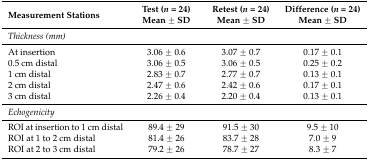
| <ROWSPAN=2> Measurement Stations | Test (n = 24) | Retest (n = 24) | Difference (n = 24) |
 | Mean ± SD | Mean ± SD | Mean ± SD |
 | --- | --- | --- | --- |
 | <COLSPAN=4> Thickness (mm) |
 | At insertion | 3.06 ± 0.6 | 3.07 ± 0.7 | 0.17 ± 0.1 |
 | 0.5 cm distal | 3.06 ± 0.5 | 3.06 ± 0.5 | 0.25 ± 0.2 |
 | 1 cm distal | 2.83 ± 0.7 | 2.77 ± 0.7 | 0.13 ± 0.1 |
 | 2 cm distal | 2.47 ± 0.6 | 2.42 ± 0.6 | 0.17 ± 0.1 |
 | 3 cm distal | 2.26 ± 0.4 | 2.20 ± 0.4 | 0.13 ± 0.1 |
 | <COLSPAN=4> Echogenicity |
 | ROI at insertion to 1 cm distal | 89.4 ± 29 | 91.5 ± 30 | 9.5 ± 10 |
 | ROI at 1 to 2 cm distal | 81.4 ± 26 | 83.7 ± 28 | 7.0 ± 9 |
 | ROI at 2 to 3 cm distal | 79.2 ± 26 | 78.7 ± 27 | 8.3 ± 7 |